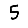
Digit: 5